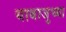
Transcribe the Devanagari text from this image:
याबाजुच्या